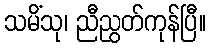
သမိံသု၊ ညီညွတ်ကုန်ပြီ။